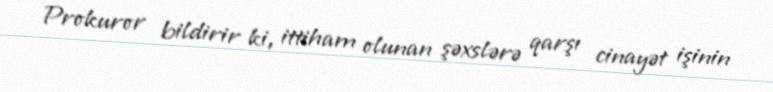
Prokuror bildirir ki, ittiham olunan şəxslərə qarşı cinayət işinin